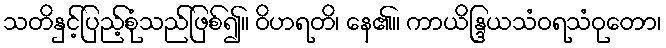
သတိနှင့်ပြည့်စုံသည်ဖြစ်၍။ ဝိဟရတိ၊ နေ၏။ ကာယိန္ဒြယသံဝရသံဝုတော၊